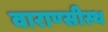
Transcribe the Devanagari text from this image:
वाराण्सीस्थ